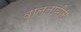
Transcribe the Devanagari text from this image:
वाल्लाबीस